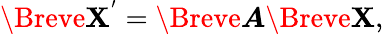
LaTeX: \Breve{\boldsymbol{\mathbf{X}}^{'}}=\Breve{\boldsymbol{A}}\Breve{\boldsymbol{\mathbf{X}}},